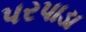
પરપાડા